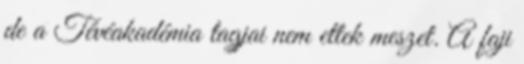
de a Tévéakadémia tagjai nem ettek meszet. A faji